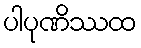
ပါပုဏိဿထ